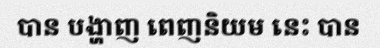
បាន បង្ហាញ ពេញនិយម នេះ បាន